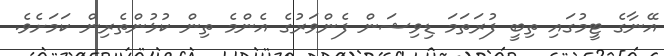
އޭނާގެ ޓީމުގައި ތިބީ ފުރަތަމަ ޑިވިޝަން ފެންވަރުގެ އެންމެ ތިން ކުޅުންތެރިން ކަމަށެވެ.